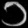
Digit: ၁